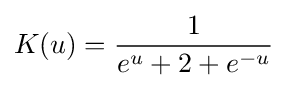
K(u)={\frac {1}{e^{u}+2+e^{-u}}}